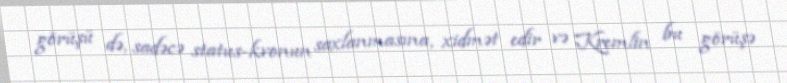
görüşü də, sadəcə status-kvonun saxlanmasına, xidmət edir və Kremlin bu görüşə